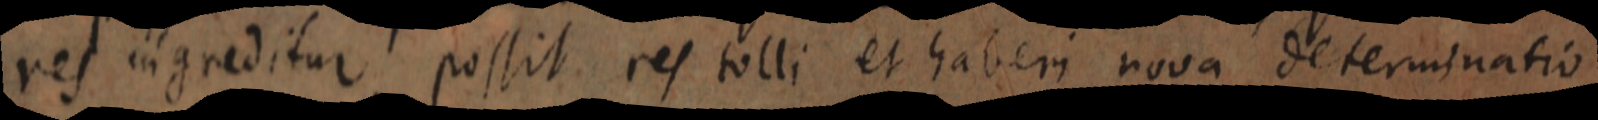
res ingreditur possit res tolli et haberi nova determinatio